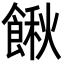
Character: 𩝋